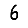
Digit: 6